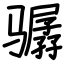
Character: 骣